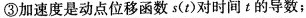
③ 加速度是动点位移函数 s( t )对时间t的导数；